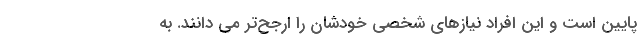
پایین است و این افراد نیازهای شخصی خودشان را ارجح‌تر می دانند. به